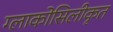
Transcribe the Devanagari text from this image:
ग्लाकोसिलीकृत